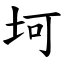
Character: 坷